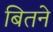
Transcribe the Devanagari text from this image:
बितने